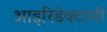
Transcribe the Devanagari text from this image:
आइरिडेक्टामी